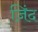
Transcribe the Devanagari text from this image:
ज़िंद